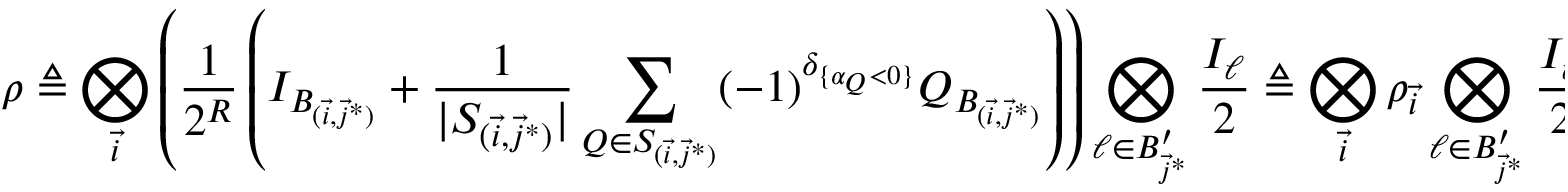
\rho \triangleq \bigotimes _ { \vec { i } } \left( \frac { 1 } { 2 ^ { R } } \left( I _ { B _ { ( \vec { i } , \vec { j } ^ { * } ) } } + \frac { 1 } { | S _ { ( \vec { i } , \vec { j } ^ { * } ) } | } \sum _ { Q \in S _ { ( \vec { i } , \vec { j } ^ { * } ) } } ( - 1 ) ^ { \delta _ { \{ \alpha _ { Q } < 0 \} } } Q _ { B _ { ( \vec { i } , \vec { j } ^ { * } ) } } \right) \right) \bigotimes _ { \ell \in B _ { \vec { j } ^ { * } } ^ { \prime } } \frac { I _ { \ell } } { 2 } \triangleq \bigotimes _ { \vec { i } } \rho _ { \vec { i } } \bigotimes _ { \ell \in B _ { \vec { j } ^ { * } } ^ { \prime } } \frac { I _ { \ell } } { 2 } ,